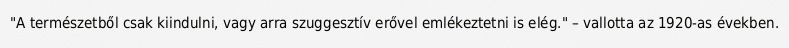
"A természetből csak kiindulni, vagy arra szuggesztív erővel emlékeztetni is elég." – vallotta az 1920-as években.